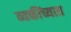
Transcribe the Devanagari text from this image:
व्यक्तींच्यात